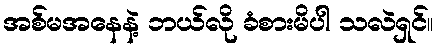
အစ်မအနေနဲ့ ဘယ်လို ခံစားမိပါ သလဲရှင်။